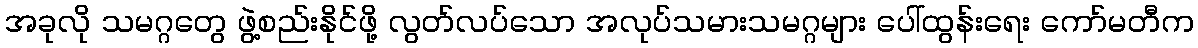
အခုလို သမဂ္ဂတွေ ဖွဲ့စည်းနိုင်ဖို့ လွတ်လပ်သော အလုပ်သမားသမဂ္ဂများ ပေါ်ထွန်းရေး ကော်မတီက